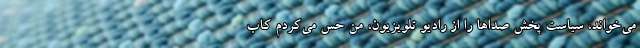
می‌خواند، سیاست پخش صداها را از رادیو تلویزیون، من حس می‌کردم کاب